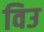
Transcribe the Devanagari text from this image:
विउ